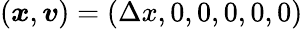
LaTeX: (\boldsymbol{x},\boldsymbol{v})=(\Delta x,0,0,0,0,0)